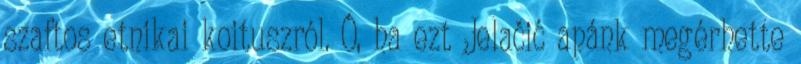
szaftos etnikai koituszról. Ó, ha ezt Jelačić apánk megérhette